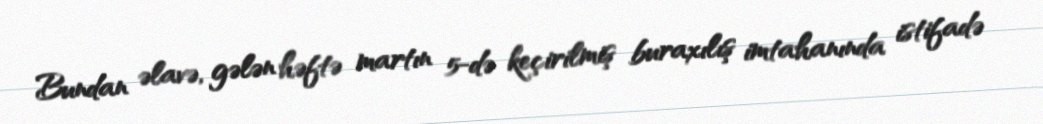
Bundan əlavə, gələn həftə martın 5-də keçirilmiş buraxılış imtahanında istifadə